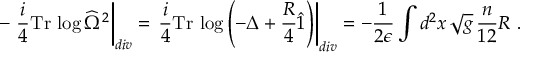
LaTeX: - \left. \frac { i } { 4 } \mathrm { T r } \, \log \widehat { \Omega } ^ { 2 } \right| _ { d i v } = \left. \frac { i } { 4 } \mathrm { T r } \, \log \left( - \Delta + { \frac { R } { 4 } } \hat { 1 } \right) \right| _ { d i v } = - { \frac { 1 } { 2 \epsilon } } \int d ^ { 2 } x \, \sqrt { g } \, { \frac { n } { 1 2 } } R \ .